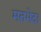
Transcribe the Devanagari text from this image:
मतभेद।